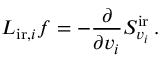
\boldsymbol { L } _ { \mathrm { i r } , i } f = - \frac { \partial } { \partial v _ { i } } S _ { v _ { i } } ^ { \mathrm { i r } } \, .